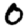
Digit: 0